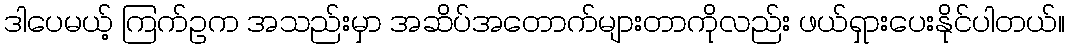
ဒါပေမယ့် ကြက်ဥက အသည်းမှာ အဆိပ်အတောက်များတာကိုလည်း ဖယ်ရှားပေးနိုင်ပါတယ်။